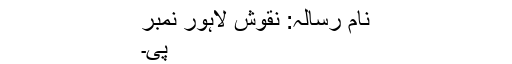
نام رسالہ: نقوش لاہور نمبر
پی۔